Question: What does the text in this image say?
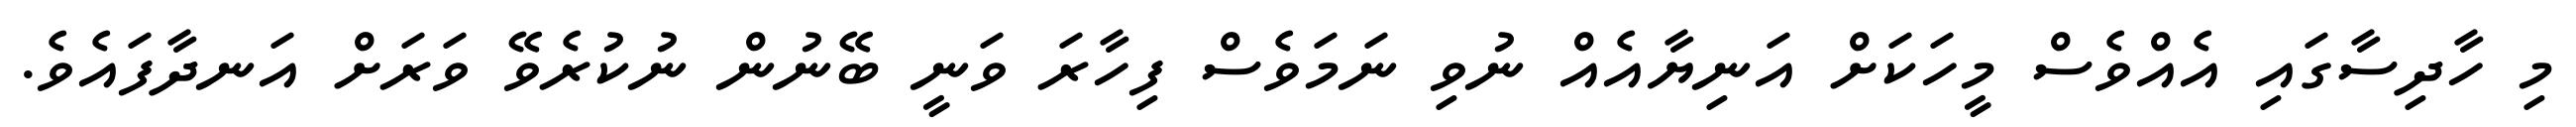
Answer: މި ހާދިސާގައި އެއްވެސް މީހަކަށް އަނިޔާއެއް ނުވި ނަމަވެސް ފިހާރަ ވަނީ ބޭނުން ނުކުރެވޭ ވަރަށް އަނދާފައެވެ.